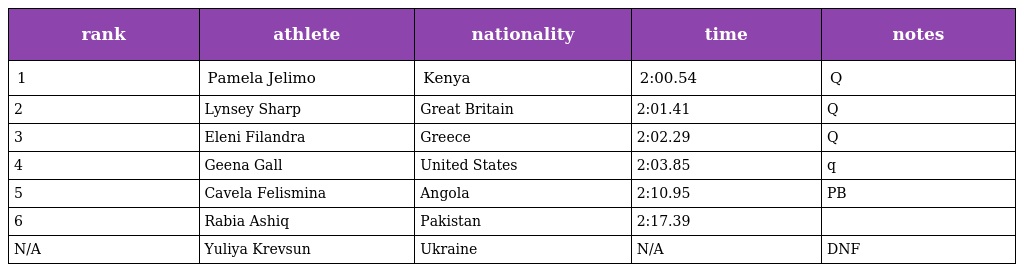
| rank | athlete | nationality | time | notes |
 | --- | --- | --- | --- | --- |
 | 1 | Pamela Jelimo | Kenya | 2:00.54 | Q |
 | 2 | Lynsey Sharp | Great Britain | 2:01.41 | Q |
 | 3 | Eleni Filandra | Greece | 2:02.29 | Q |
 | 4 | Geena Gall | United States | 2:03.85 | q |
 | 5 | Cavela Felismina | Angola | 2:10.95 | PB |
 | 6 | Rabia Ashiq | Pakistan | 2:17.39 |  |
 | N/A | Yuliya Krevsun | Ukraine | N/A | DNF |